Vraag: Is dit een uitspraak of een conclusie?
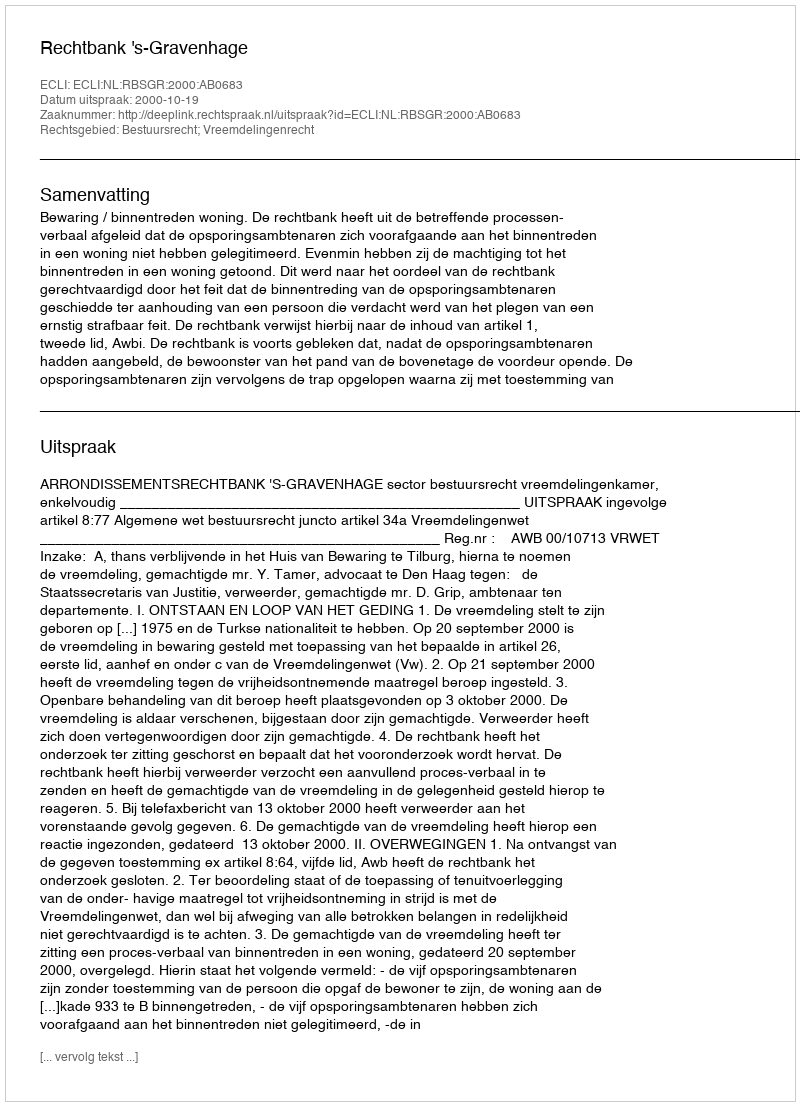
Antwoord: Uitspraak